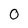
Character: 0